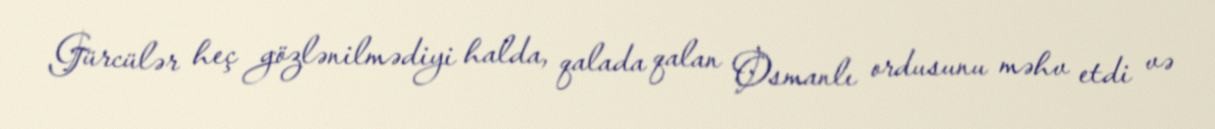
Gürcülər heç gözlənilmədiyi halda, qalada qalan Osmanlı ordusunu məhv etdi və